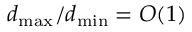
d _ { \operatorname* { m a x } } / d _ { \operatorname* { m i n } } = O ( 1 )